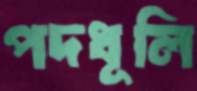
পদধূলি